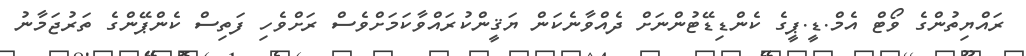
ރައްޔިތުންގެ ވޯޓް އެމް.ޑީ.ޕީގެ ކެންޑިޑޭޓުންނަށް ދެއްވާނެކަން ޔަޤީންކުރައްވާކަމަށްވެސް ރަށްވެހި ފަތިސް ކެންޕޭންގެ ތަރުޖަމާނު